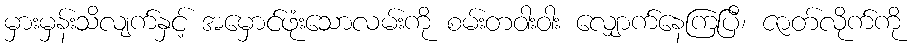
မှားမှန်းသိလျက်နှင့် အမှောင်ဖုံးသောလမ်းကို စမ်းတဝါးဝါး လျှောက်နေကြပြီ၊ ဇာတ်လိုက်ကို